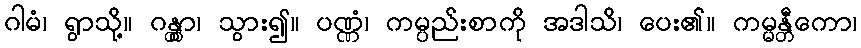
ဂါမံ၊ ရွာသို့။ ဂန္တွာ၊ သွား၍။ ပဏ္ဏံ၊ ကမ္ပည်းစာကို အဒါသိ၊ ပေး၏။ ကမ္မန္တီကော၊